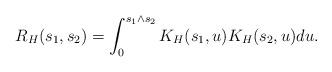
LaTeX: \begin{align*}R_H(s_1,s_2)=\int_0^{s_1\wedge s_2}K_H(s_1,u)K_H(s_2,u)du.\end{align*}